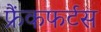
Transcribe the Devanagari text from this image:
फ्रैंकफर्टस